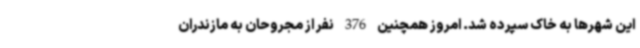
این شهرها به خاک سپرده شد. امروز همچنین 376 نفر از مجروحان به مازندران